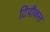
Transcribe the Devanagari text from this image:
टिपीकल